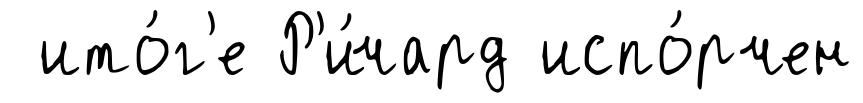
ито́г'е Р'и́чард испо́рчен